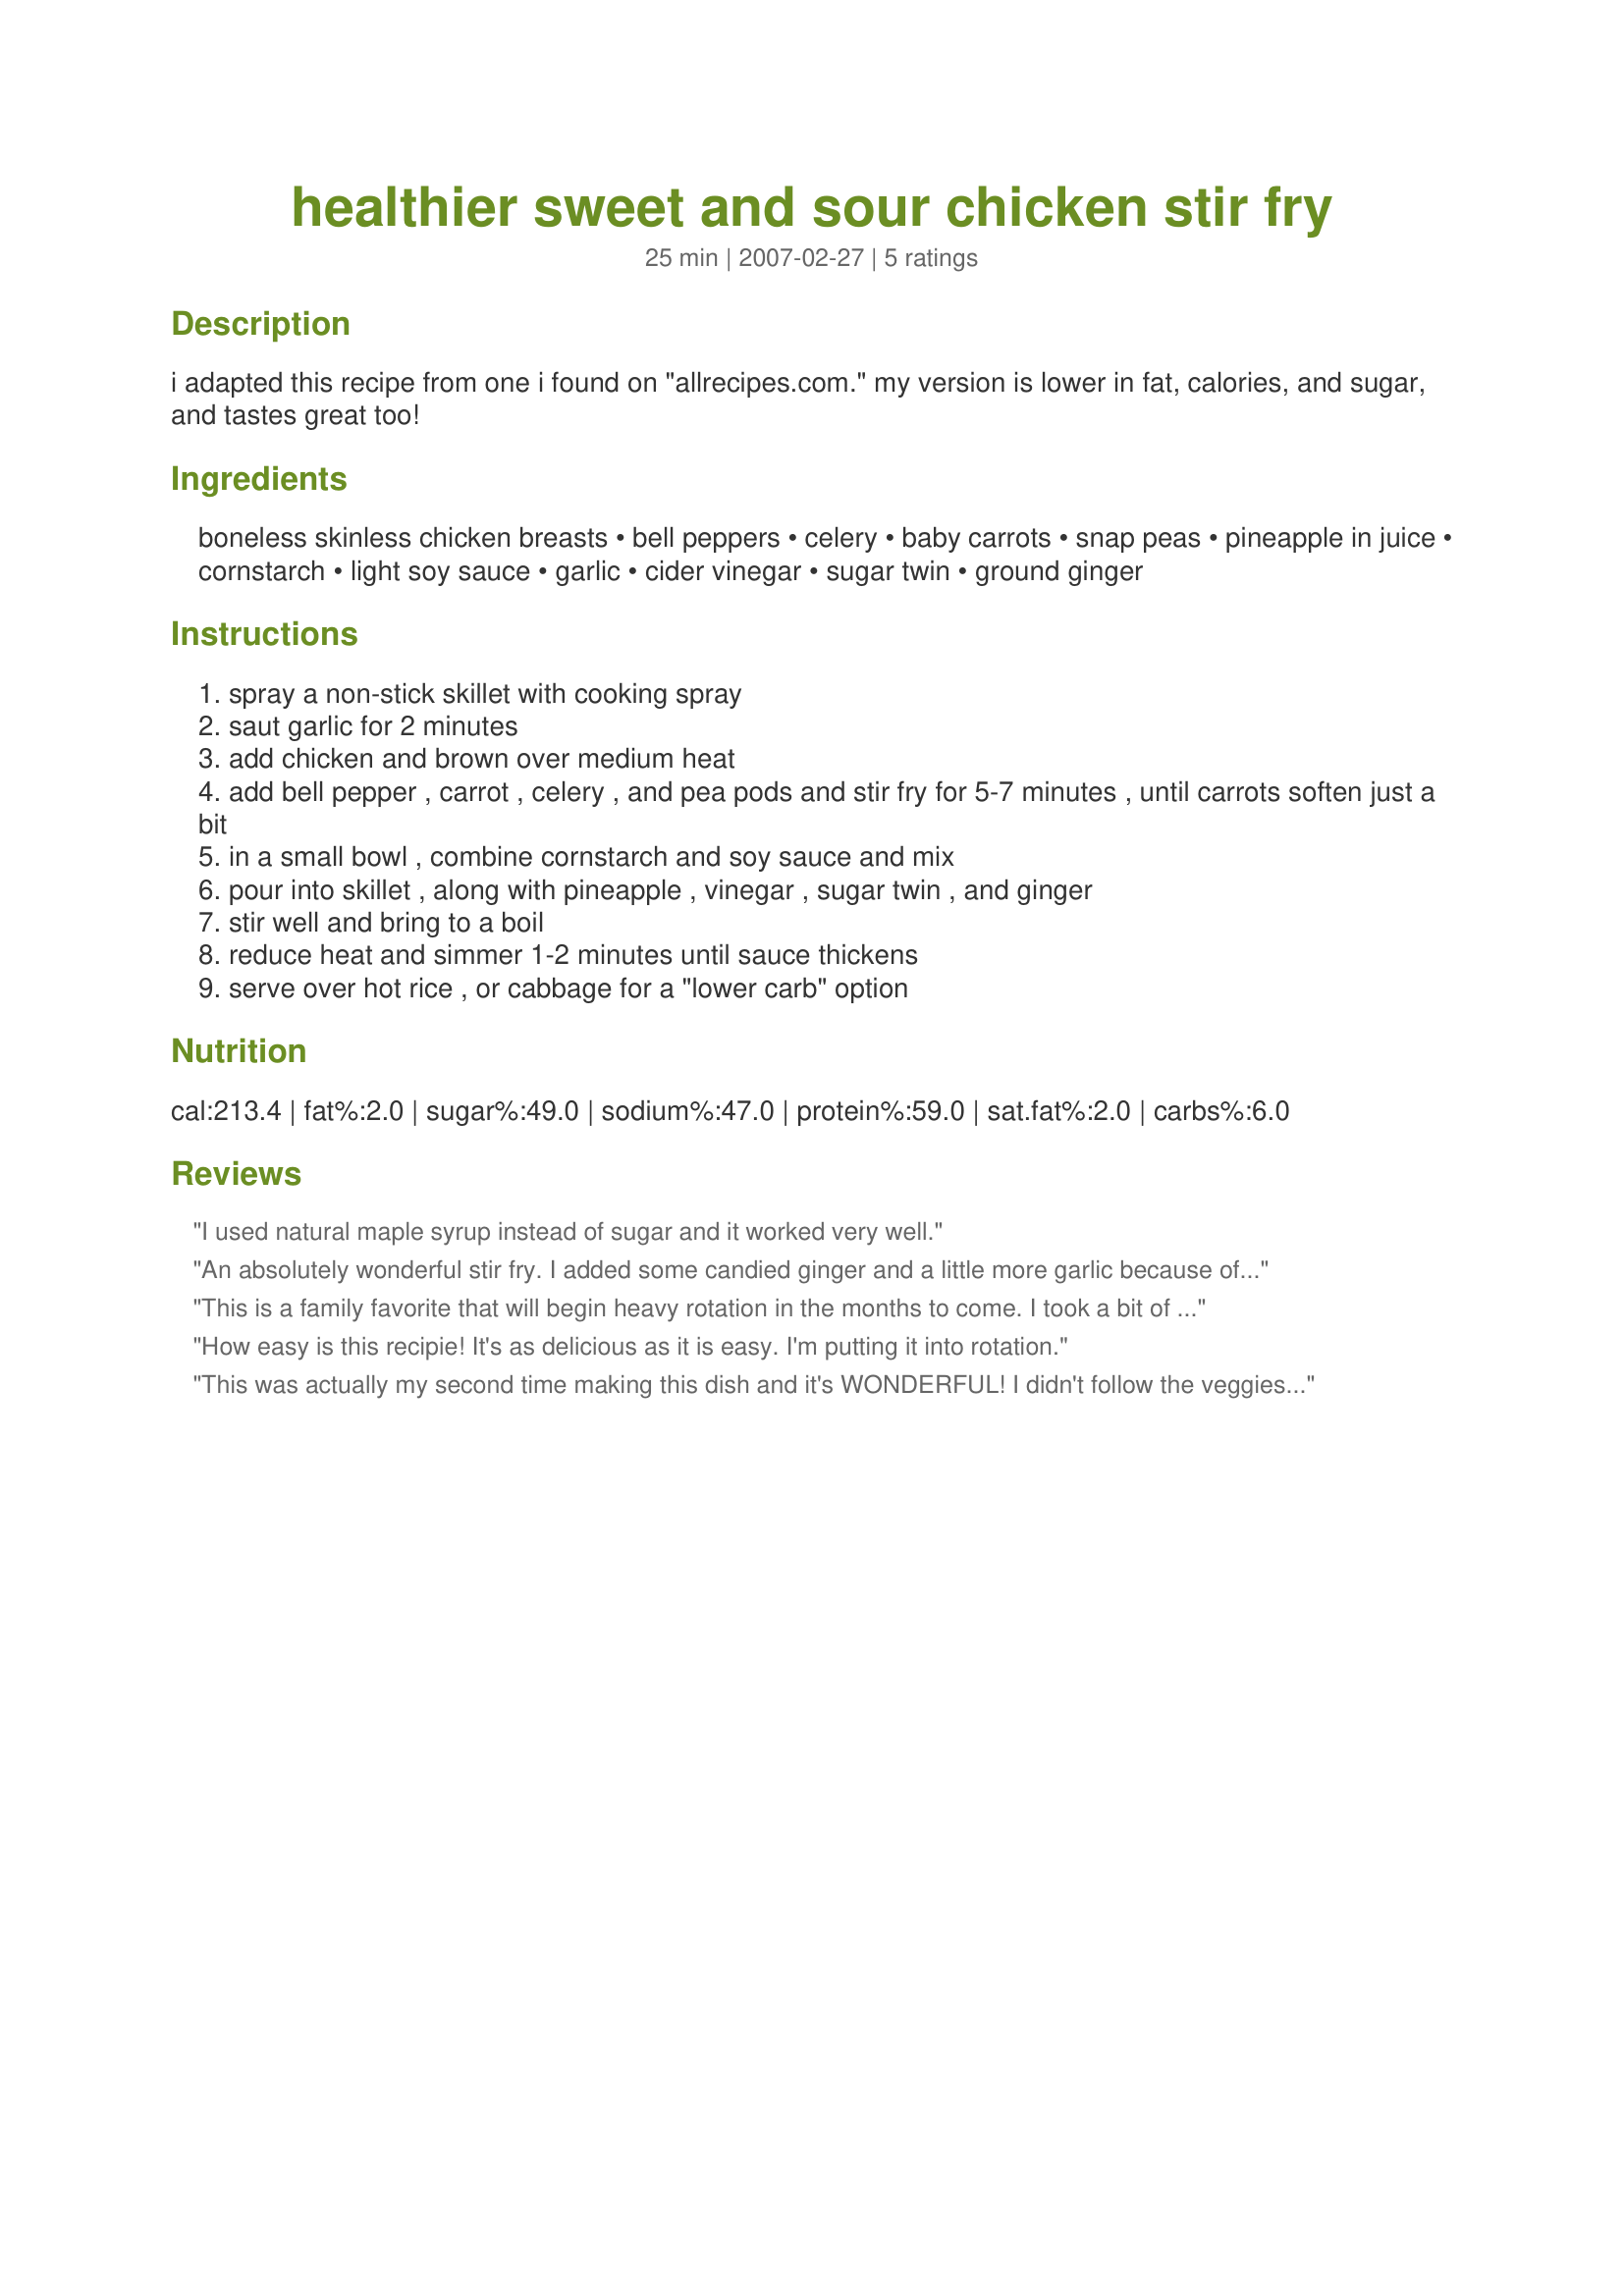
healthier sweet and sour chicken stir fry
Preparation time: 25 minutes

i adapted this recipe from one i found on "allrecipes.com." my version is lower in fat, calories, and sugar, and tastes great too!

Ingredients:
boneless skinless chicken breasts, bell peppers, celery, baby carrots, snap peas, pineapple in juice, cornstarch, light soy sauce, garlic, cider vinegar, sugar twin, ground ginger

Steps:
spray a non-stick skillet with cooking spray
saut garlic for 2 minutes
add chicken and brown over medium heat
add bell pepper , carrot , celery , and pea pods and stir fry for 5-7 minutes , until carrots soften just a bit
in a small bowl , combine cornstarch and soy sauce and mix
pour into skillet , along with pineapple , vinegar , sugar twin , and ginger
stir well and bring to a boil
reduce heat and simmer 1-2 minutes until sauce thickens
serve over hot rice , or cabbage for a "lower carb" option

Reviews:
I used natural maple syrup instead of sugar and it worked very well.
An absolutely wonderful stir fry. I added some candied ginger and a little more garlic because of personal preference. I omitted the sugar substitute completely. I also used a mix of fresh and frozen vegetables. I served it on brown whole grain rice and my family devoured it. I will definitely make this healthy meal for my family again.
This is a family favorite that will begin heavy rotation in the months to come. I took a bit of a shortcut and bought a rather large bag of frozen Asian Vegetables (already cut!!). I did have to buy a bell pepper to stick to your wonderful recipe here.
Being diabetic, I shaved off a few carbs by NOT using the pineapple juice but draining and replacing the liquid with water. I am sure it would have tasted fantastic had
I not done this. Thanks for making me a better cook!!
How easy is this recipie! It's as delicious as it is easy. I'm putting it into rotation.
This was actually my second time making this dish and it's WONDERFUL! I didn't follow the veggies exactly either time... both times I used whatever frozen mixed veggies (broccoli, carrots, peppers, onions, etc) I had on hand, and some frozen edamame. Last night I put in a bunch of fresh mushrooms also, and made a little extra sauce. Served it over rice noodles. So tasty & so easy! Thank you!! :-)
